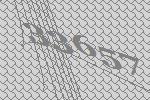
33657